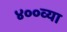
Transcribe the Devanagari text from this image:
४००व्या